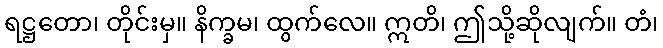
ရဋ္ဌတော၊ တိုင်းမှ။ နိက္ခမ၊ ထွက်လေ။ ဣတိ၊ ဤသို့ဆိုလျက်။ တံ၊